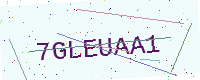
Text: 7GLEUAA1